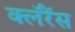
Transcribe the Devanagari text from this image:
क्लॅरेंस